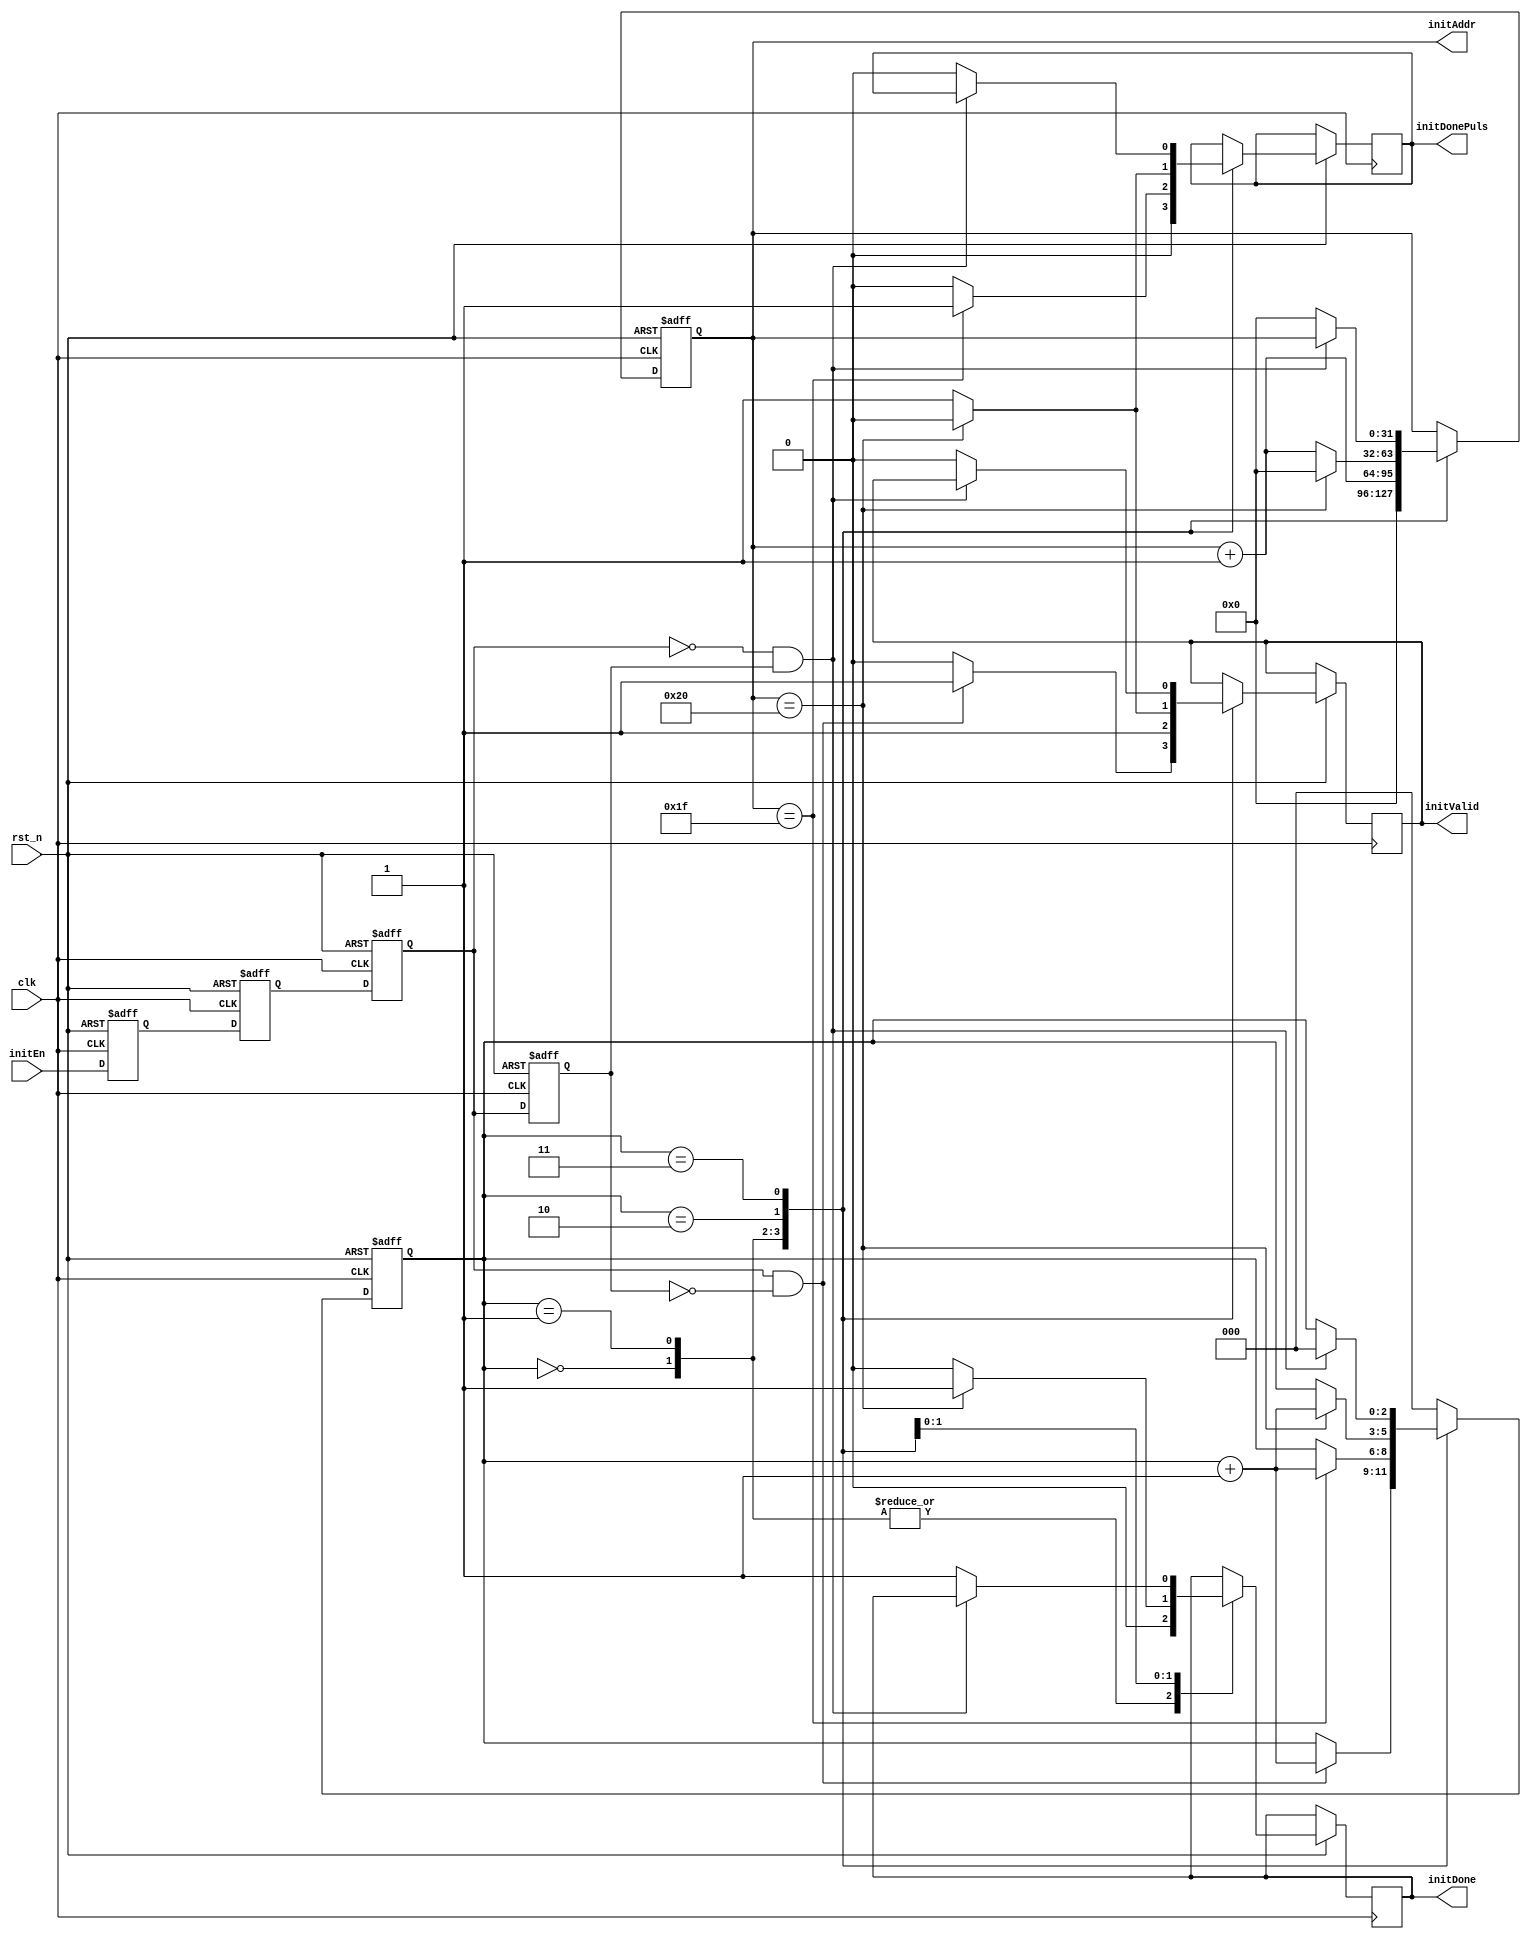
module MemoryInit(
	input	clk,
	input	rst_n,
	input	initEn,

	output	initValid,
	output	[31:0]	initAddr,
	output	initDone,
	output	initDonePuls
);

//===============//
reg		initEn_r0;
reg		initEn_r1;
reg		initEn_r2;
reg		initEn_r3;
wire	initEn_pose;
wire	initEn_nege;

always @(posedge clk or negedge rst_n) begin
	if(!rst_n)	begin
		initEn_r0 <= 0;
		initEn_r1 <= 0;
		initEn_r2 <= 0;
		initEn_r3 <= 0;	
	end
	else	begin
		initEn_r0 <= initEn;
		initEn_r1 <= initEn_r0;
		initEn_r2 <= initEn_r1;
		initEn_r3 <= initEn_r2;
	end
end

assign	initEn_pose = initEn_r2 & ~initEn_r3;
assign	initEn_nege = ~initEn_r2 & initEn_r3;
//===================//


reg	[2:0]	state;
reg	[31:0]	addr;
reg		valid;
reg		done;
reg		done_plus;

always @(posedge clk or negedge rst_n) begin
	if(!rst_n)	begin
		state <= 3'b0;
		addr <= 0;
	end
	else	begin
		case (state)
		3'd0:
			if(initEn_pose)	begin
				addr <= 32'd0;
				valid <= 1;
				done <= 0;
				done_plus <= 0;
				state <= state + 1;
			end
			else	begin
				addr <= 32'd0;
				valid <= 0;
				done <= 0;
				done_plus <= 0;
			end
		3'd1:
			if(addr == 32'd31)	begin
				addr <= addr + 1;
				valid <= 1;
				done <= 0;
				done_plus <= 1;
				state <= state + 1;
			end
			else	begin
				addr <= addr + 1;
				valid <= 1;
				done <= 0;
				done_plus <= 0;
			end
		3'd2:
			if(addr == 32'd32)	begin
				addr <= 32'd0;
				valid <= 0;
				done <= 1;
				done_plus <= 0;
				state <= state + 1;
			end
			else	begin
				addr <= addr + 1;
				valid <= 1;
				done <= 0;
				done_plus <= 1;
			end
		3'd3:
			if(initEn_nege)	begin
				state <= 0;
			end
			else	begin
				addr <= 32'd0;
				valid <= 0;
				done <= 1;
				done_plus <= 0;
			end

		default:	begin
			state <= 0;
		end
		endcase
	end
	
end

assign initValid = valid;
assign initAddr = addr;
assign initDone = done;
assign initDonePuls = done_plus;


endmodule